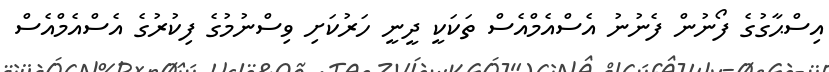
އިސްޙާގުގެ ފޯނުން ފެނުނު އެސްއެމްއެސް ތަކަކީ ދީނީ ހަރުކަށި ވިސްނުމުގެ ފިކުރުގެ އެސްއެމްއެސް